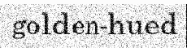
golden-hued